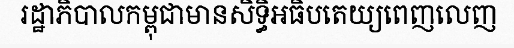
រដ្ឋាភិបាលកម្ពុជាមានសិទ្ធិអធិបតេយ្យពេញលេញ